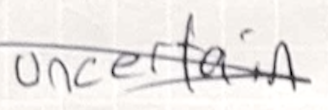
Text: uncertain
Cross-out: mix
Writing tool: pencil